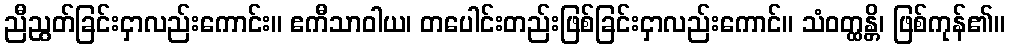
ညီညွတ်ခြင်းငှာလည်းကောင်း။ ဧကီသာဝါယ၊ တပေါင်းတည်းဖြစ်ခြင်းငှာလည်းကောင်။ သံဝတ္ထန္တိ၊ ဖြစ်ကုန်၏။